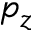
p _ { z }